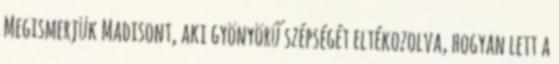
Megismerjük Madisont, aki gyönyörű szépségét eltékozolva, hogyan lett a